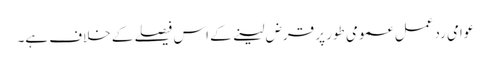
عوامی ردعمل عمومی طور پر قرض لینے کے اس فیصلے کے خلاف ہے۔